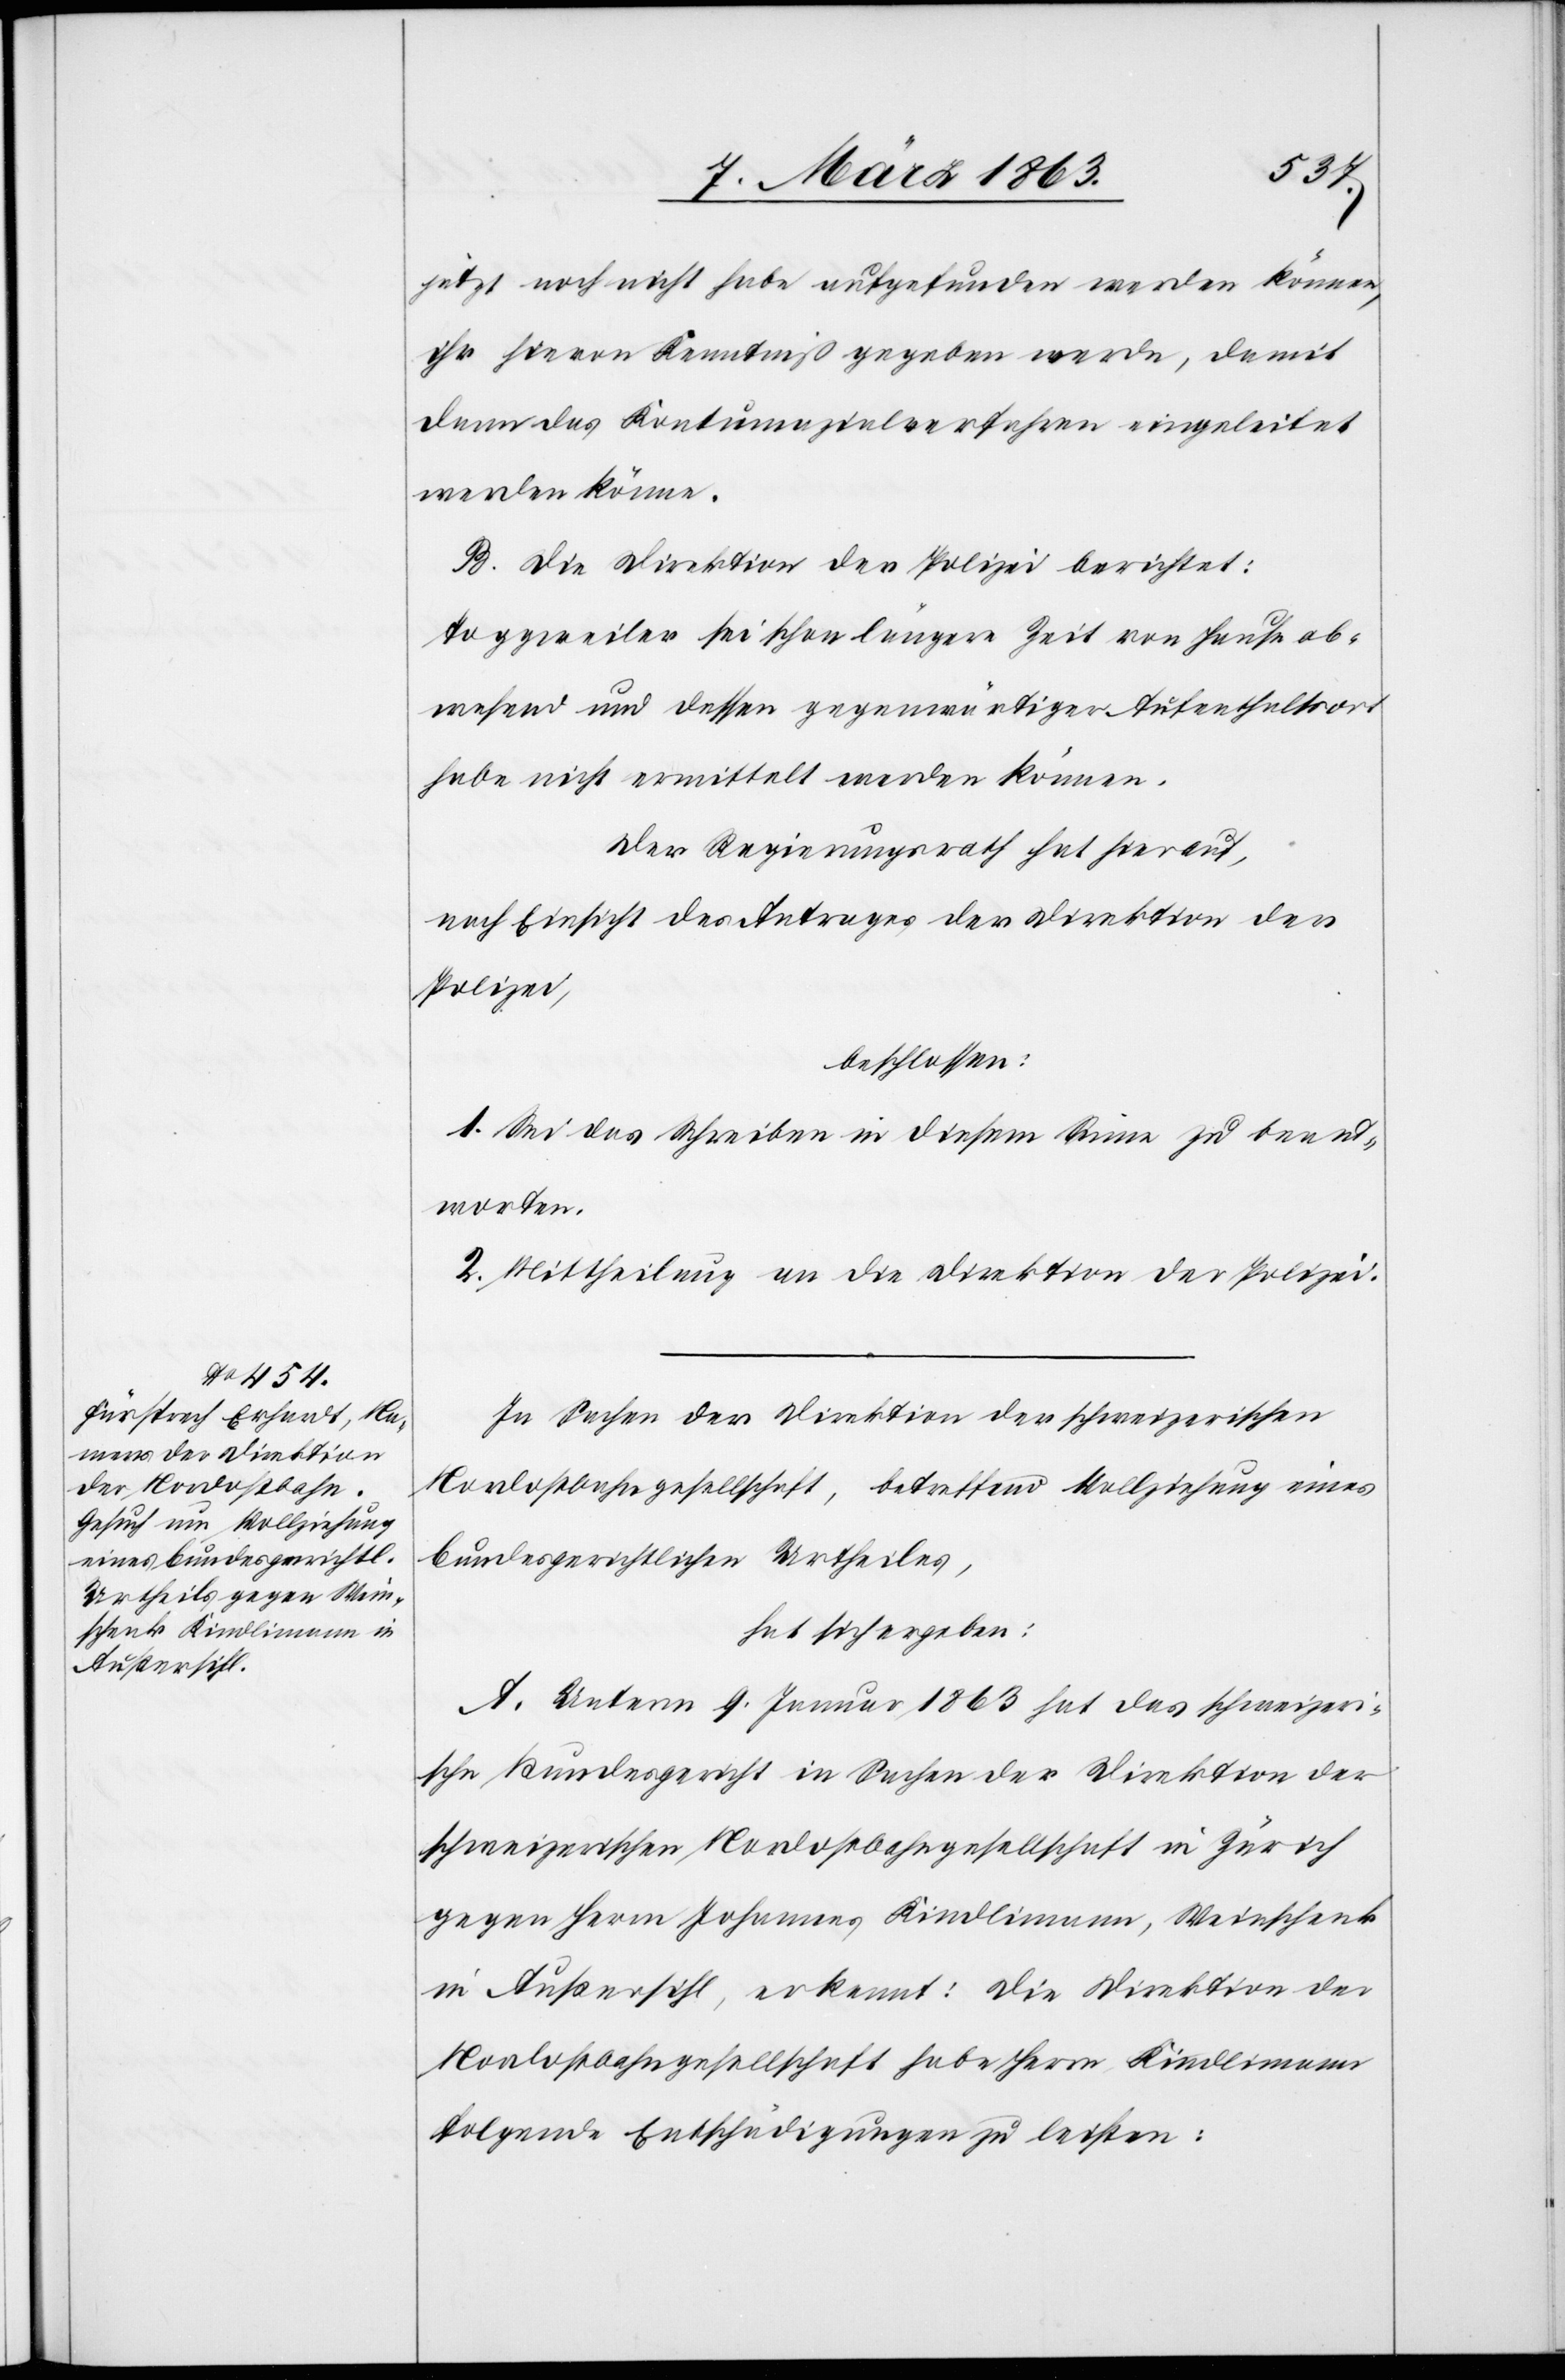
jetzt noch nicht habe aufgefunden werden können,
ihr hievon Kenntniß gegeben werde, damit
denn das Kontumazialverfahren eingeleitet
werden könne.
B. Die Direktion der Polizei berichtet:
Toggweiler sei schon längere Zeit von Hause ab¬
wesend und dessen gegenwärtiger Aufenthaltsort
habe nicht ermittelt werden können.
Der Regierungsrath hat hierauf,
nach Einsicht eines Antrages der Direktion der
Polizei,
beschlossen:
1. Sei das Schreiben in diesem Sinne zu beant¬
worten.
2. Mittheilung an die Direktion der Polizei.
In Sachen der Direktion der schweizerischen
Nordostbahngesellschaft, betreffend Vollziehung eines
bundesgerichtlichen Urtheiles,
hat sich ergeben:
A. Unterm 9. Januar 1863 hat das schweizeri¬
sche Bundesgericht in Sachen der Direktion der
schweizerischen Nordostbahngesellschaft in Zürich
gegen Herrn Johannes Kindlimann, Weinschenk
in Außersihl, erkannt: Die Direktion der
Nordostbahngesellschaft habe Herrn Kindlimann
folgende Entschädigungen zu leisten: